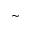
\sim